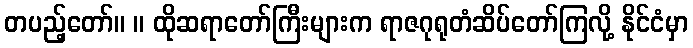
တပည့်တော်။ ။ ထိုဆရာတော်ကြီးများက ရာဇဂုရုတံဆိပ်တော်ကြလို့ နိုင်ငံမှာ